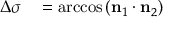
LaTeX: \begin{array} { r l } { \Delta \sigma } & { { } = \operatorname { a r c c o s } \left( \mathbf { n } _ { 1 } \cdot \mathbf { n } _ { 2 } \right) } \end{array}